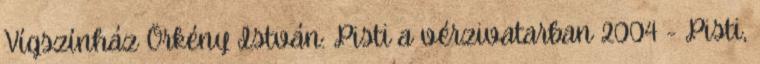
Vígszínház Örkény István: Pisti a vérzivatarban 2004 - Pisti,